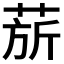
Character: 𬝅